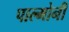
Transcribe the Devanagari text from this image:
पाल्मोनी